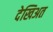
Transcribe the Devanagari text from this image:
देखिअत